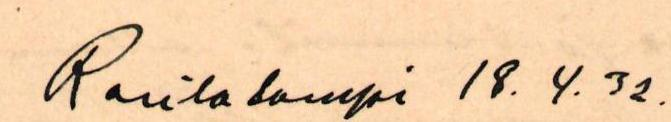
Rautalampi 18.4.32.